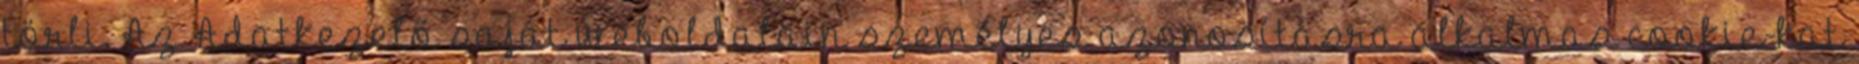
törli. Az Adatkezelő saját weboldalain személyes azonosításra alkalmas cookie-kat